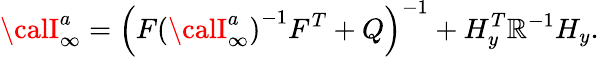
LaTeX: {\calI}_{\infty}^{a}=\left(F\left({\calI}_{\infty}^{a}\right)^{-1}F^{T}+Q\right)^{-1}+H_{y}^{T}\mathbb{R}^{-1}H_{y}.